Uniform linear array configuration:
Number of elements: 64
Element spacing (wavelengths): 1
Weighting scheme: uniform
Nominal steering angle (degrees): -15
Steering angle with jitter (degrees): -15.998
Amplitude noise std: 0.05
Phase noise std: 0.05

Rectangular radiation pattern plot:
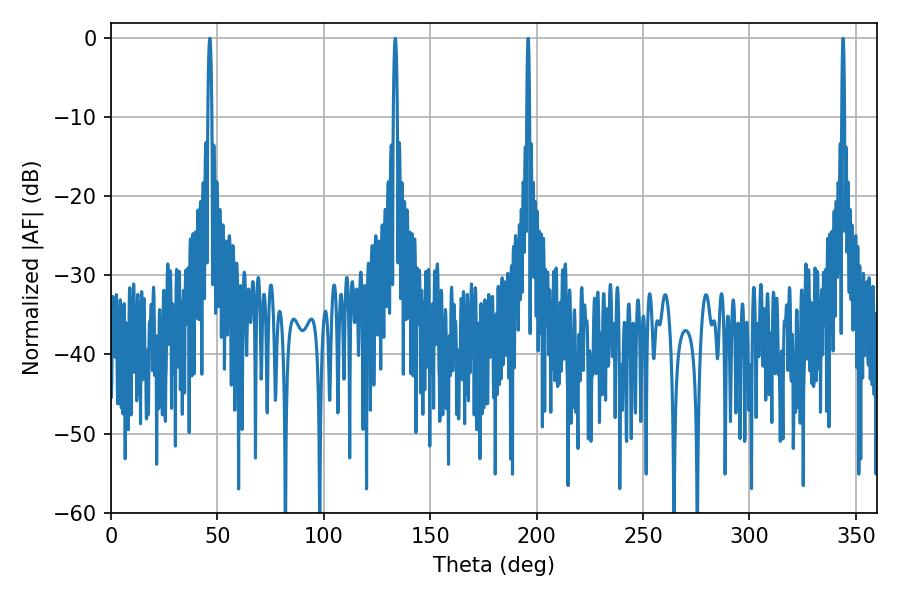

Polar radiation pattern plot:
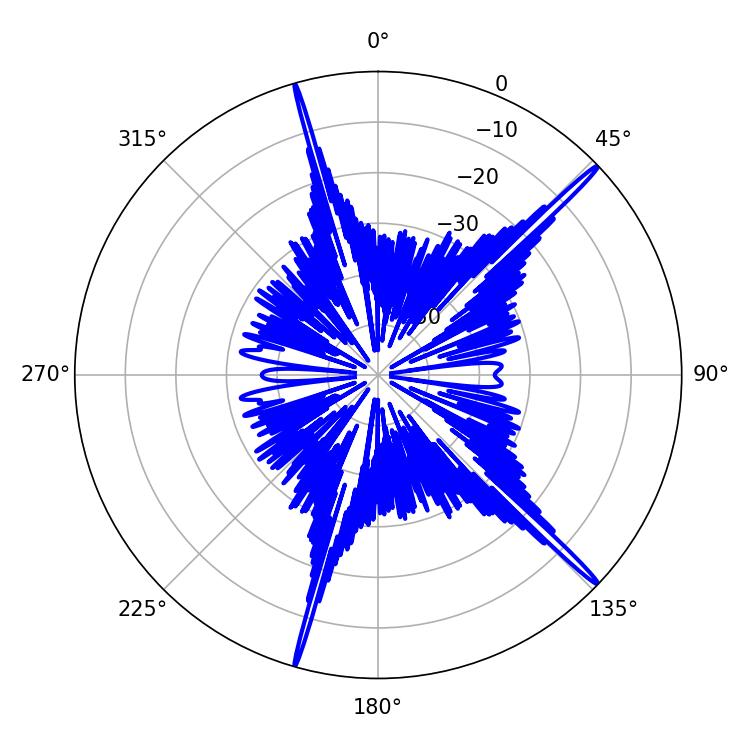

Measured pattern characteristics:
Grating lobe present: TRUE
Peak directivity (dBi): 19.262
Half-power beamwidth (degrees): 1.08
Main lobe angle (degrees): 133.56